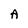
Character: A